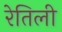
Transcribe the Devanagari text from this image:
रेतिली